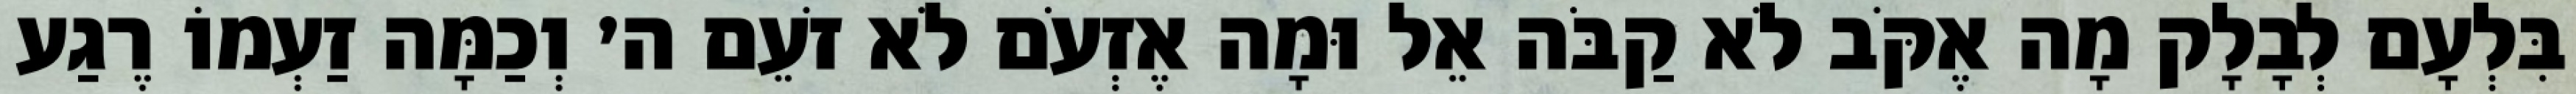
בִּלְעָם לְבָלָק מָה אֶקֹּב לֹא קַבֹּה אֵל וּמָה אֶזְעֹם לֹא זֹעֵם ה׳ וְכַמָּה זַעְמוֹ רֶגַע